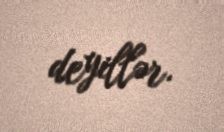
deyillər.